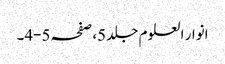
انوار العلوم جلد 5،صفحہ 5-4۔